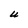
Character: U